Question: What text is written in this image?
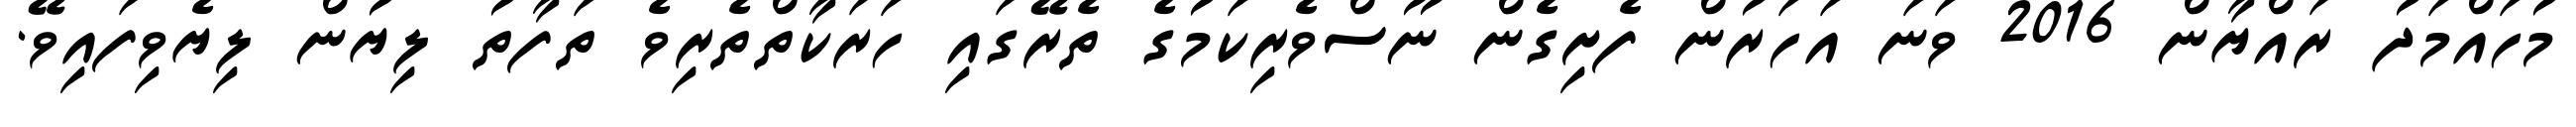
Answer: މުހައްމަދު ރައްޔާން 2016 ވަނަ އަހަރުން ފެށިގެން ނޫސްވެރިކަމުގެ ތެރޭގައި ހަރަކާތްތެރިވެ ތަފާތު ލިޔުން ލިޔެވިފައިވޭ.